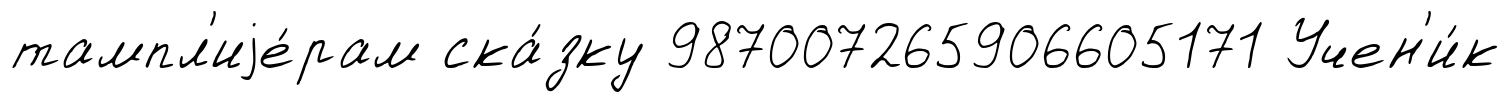
тампл'иjе́рам ска́зку 987007265906605171 Учен'и́к